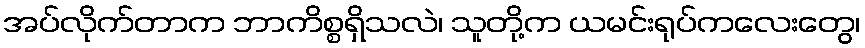
အပ်လိုက်တာက ဘာကိစ္စရှိသလဲ၊ သူတို့က ယမင်းရုပ်ကလေးတွေ၊